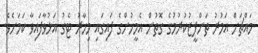
މައްޗަށް އަމުރު ތަންފީޒުކުރުމުގެ ގޮތުން އެމީހުންގެ ފައިގައި މިހާރު ޓެގު އަޅުވާފައިވާ ކަމަށެވެ.